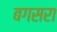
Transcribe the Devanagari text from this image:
बगसरा